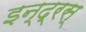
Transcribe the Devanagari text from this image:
इन्द्रस्